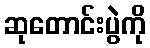
ဆုတောင်းပွဲကို